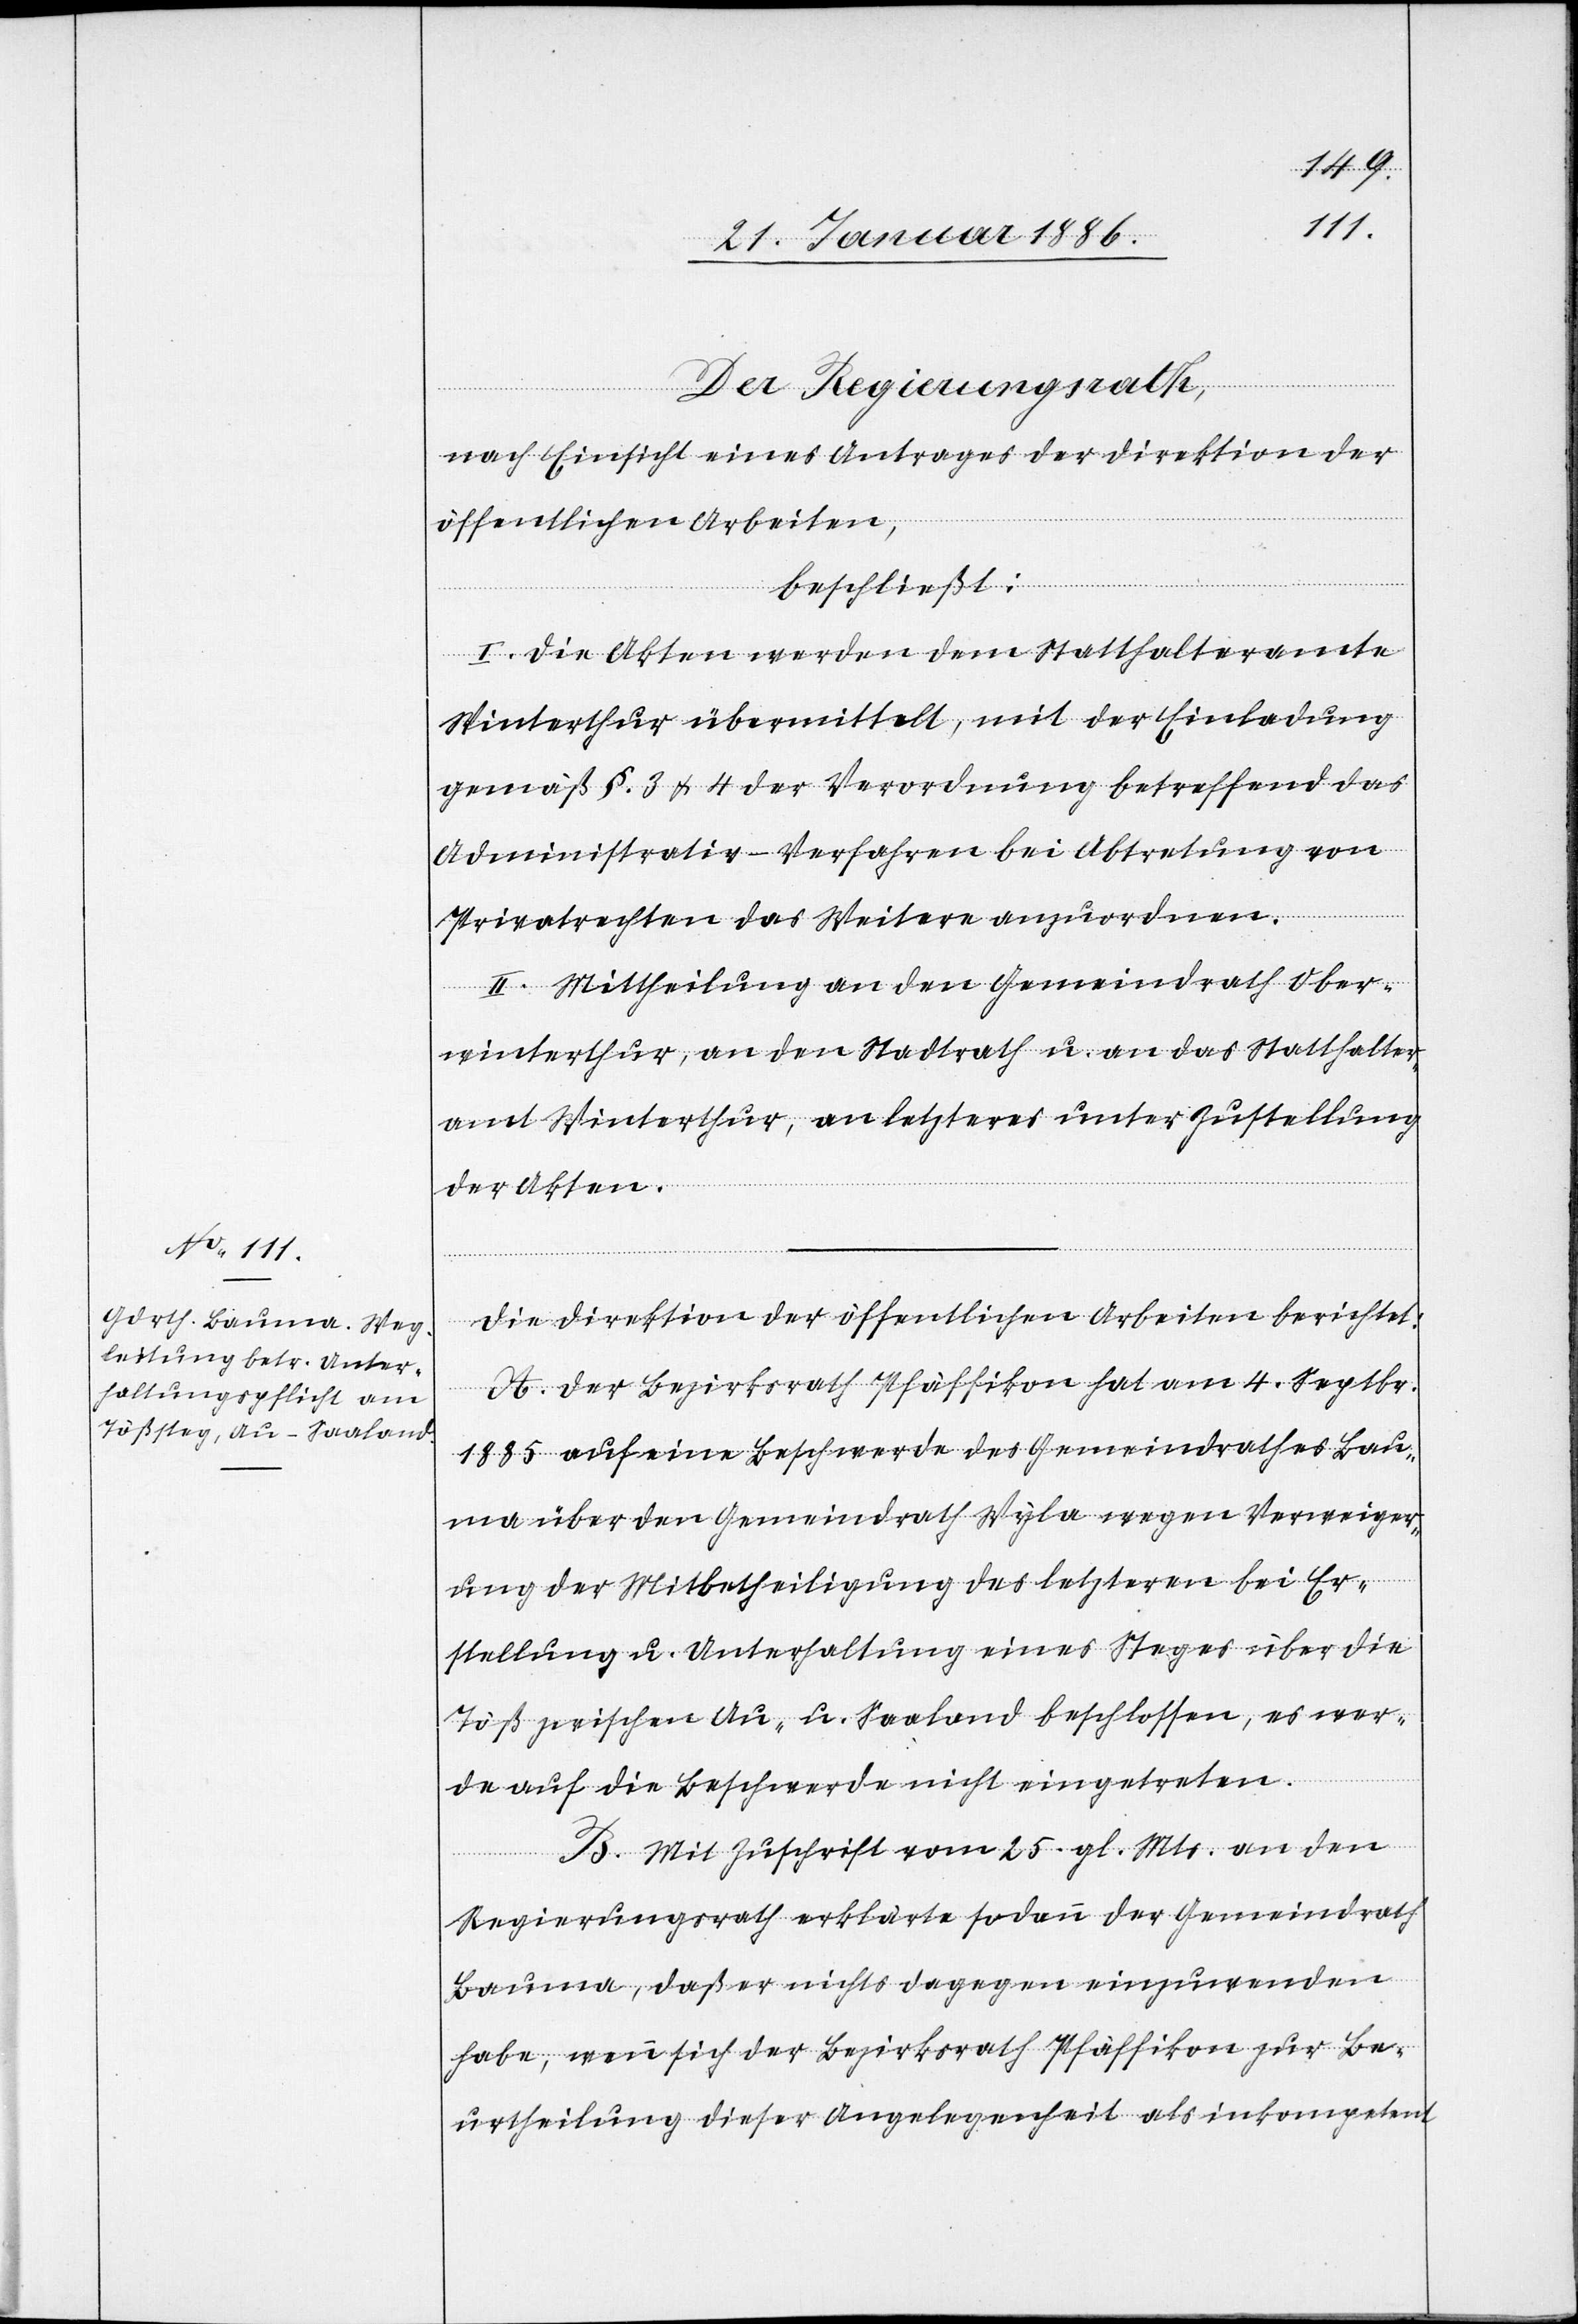
Der Regierungsrath,
nach Einsicht eines Antrages der Direktion der
öffentlichen Arbeiten,
beschließt;
I. Die Akten werden dem Statthalteramte
Winterthur übermittelt, mit der Einladung
gemäß §. 3 & 4 der Verordnung betreffend das
Administrativ-Verfahren bei Abtretung von
Privatrechten das Weitere anzuordnen.
II. Mittheilung an den Gemeindrath Ober¬
winterthur, an den Stadtrath u. an das Statthalter¬
amt Winterthur, an letzteres unter Zustellung
der Akten.
Die Direktion der öffentlichen Arbeiten berichtet:
A. Der Bezirksrath Pfäffikon hat am 4. Septbr.
1885 auf eine Beschwerde des Gemeindrathes Bau¬
ma über den Gemeindrath Wyla wegen Verweiger¬
ung der Mitbetheiligung des letztern bei Er¬
stellung u. Unterhaltung eines Steges über die
Töß zwischen Au- u. Saaland beschlossen, es wer¬
de auf die Beschwerde nicht eingetreten.
B. Mit Zuschrift vom 25. gl. Mts. an den
Regierungsrath erklärte sodann der Gemeindrath
Bauma, daß er nichts dagegen einzuwenden
habe, wenn sich der Bezirksrath Pfäffikon zur Be¬
urtheilung dieser Angelegenheit als inkompetent